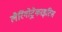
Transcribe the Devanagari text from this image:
लैरिंगोट्रेकाइटिस